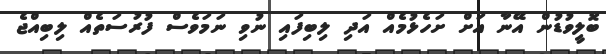
ބޮލީވުޑުން އޭނާ އަށް ށަހެޅުމެއް އަދި ލިބިފައި ނުވި ނަމަވެސް ފުރުސަތެއް ލިބިއްޖެ